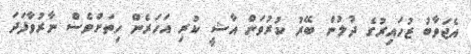
އެޖަވާބު ޒުހައިރުގެ ދުލުން ބޭރު ކުރުވަން އާޝީ ކުރި އަހަރެން ހިތަށްވެސް ނާރުވާފަދަ